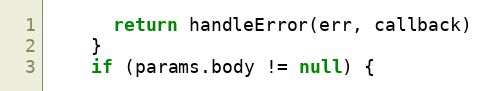
Language: JavaScript
      return handleError(err, callback)
    }
    if (params.body != null) {